Tezpur Lunatic Asylum reports 1877-1894 - 1877-1894
Year: 1877
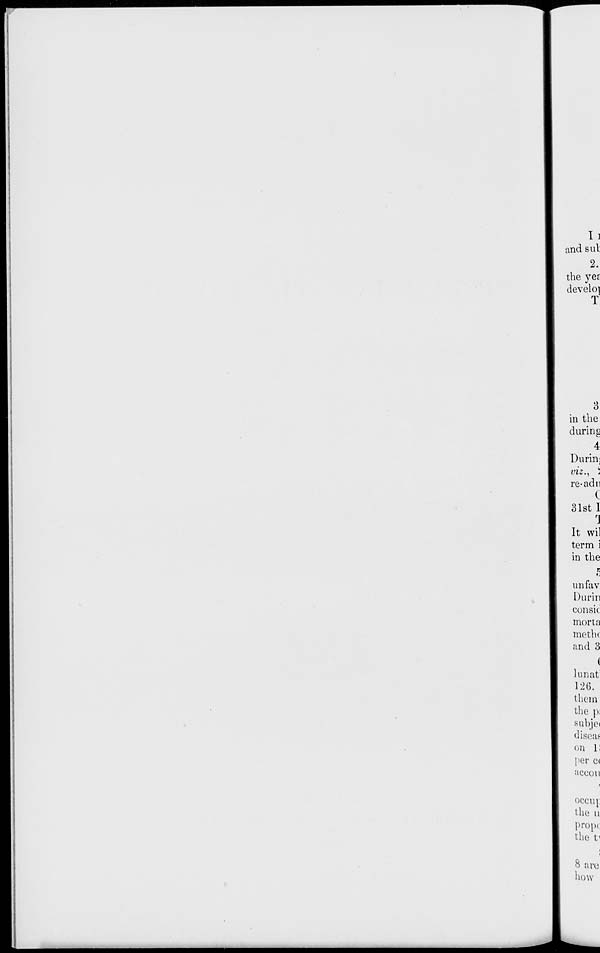
I ]
and sul
2.
the yer
develop
T
3
in the
during
4
Durin:
viz., 5
re-adn
C
31st 1
r \
It wil
term i
in the
S
unfav
Durin
consic
morta
methc
and 3
(
km at
126.
them
the p:
subjei
diseas
on 1!
per c<
accou
occur
the u
propi
the V
8 arc
how